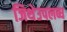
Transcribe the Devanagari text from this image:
जिथेउपलब्ध